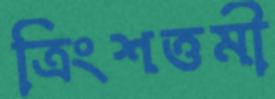
ত্রিংশত্তমী